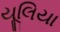
યૂલિયા